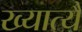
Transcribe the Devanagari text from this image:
ख्यात्यै